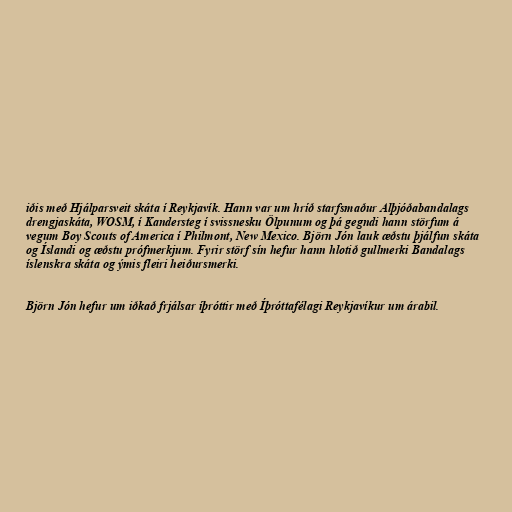
iðis með Hjálparsveit skáta í Reykjavík. Hann var um hríð starfsmaður Alþjóðabandalags
drengjaskáta, WOSM, í Kandersteg í svissnesku Ölpunum og þá gegndi hann störfum á
vegum Boy Scouts of America í Philmont, New Mexico. Björn Jón lauk æðstu þjálfun skáta
og Íslandi og æðstu prófmerkjum. Fyrir störf sín hefur hann hlotið gullmerki Bandalags
íslenskra skáta og ýmis fleiri heiðursmerki.

Björn Jón hefur um iðkað frjálsar íþróttir með Íþróttafélagi Reykjavíkur um árabil.